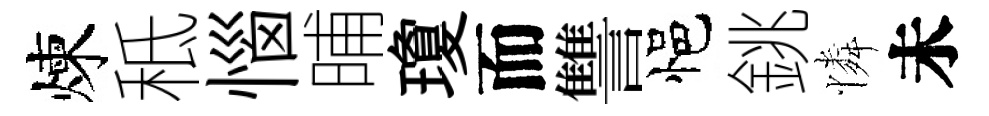
煉秪惱晡瓊而讐悒銚憐未